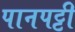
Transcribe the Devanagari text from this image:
पानपट्टी